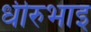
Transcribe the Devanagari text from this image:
धीरुभाइ